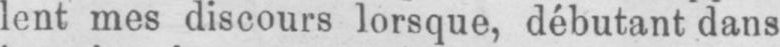
lent mes discours lorsque, débutant dans